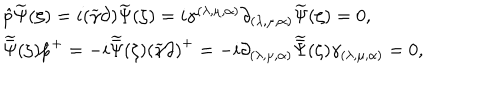
\begin{array} { l } { { \hat { p } \widetilde { \Psi } ( \zeta ) = i ( \widetilde { \gamma } \partial ) \widetilde { \Psi } ( \zeta ) = i \gamma ^ { ( \lambda , \mu , \alpha ) } \partial _ { ( \lambda , \mu , \alpha ) } \widetilde { \Psi } ( \zeta ) = 0 , } } \\ { { \widetilde { \bar { \Psi } } ( \zeta ) { \hat { p } } ^ { + } = - i \widetilde { \bar { \Psi } } ( \zeta ) { ( \widetilde { \gamma } \partial ) } ^ { + } = - i \partial _ { ( \lambda , \mu , \alpha ) } \widetilde { \bar { \Psi } } ( \zeta ) \gamma _ { ( \lambda , \mu , \alpha ) } = 0 , } } \\ \end{array}